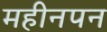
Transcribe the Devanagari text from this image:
महीनपन